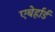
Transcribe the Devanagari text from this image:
एबेर्हार्ड